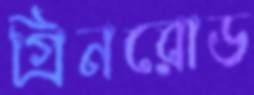
গ্রিনরোড